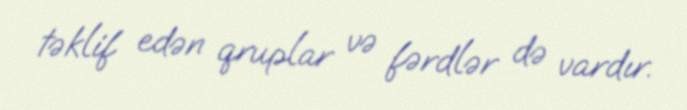
təklif edən qruplar və fərdlər də vardır.